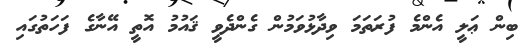
ބިން ޢަލީ އެންމެ ފުރަތަމަ ވިދާޅުވަމުން ގެންދެވީ ޤައުމު އޮތީ އޭނާގެ ފަހަތުގައި